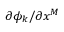
\partial \phi _ { k } / \partial x ^ { M }